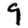
Digit: 9